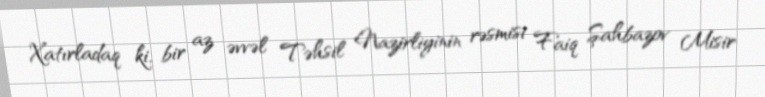
Xatırladaq ki, bir az əvvəl Təhsil Nazirliyinin rəsmisi Faiq Şahbazov Misir